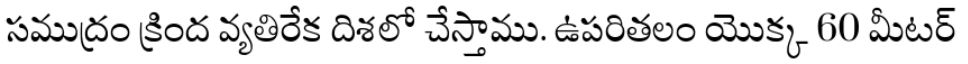
సముద్రం క్రింద వ్యతిరేక దిశలో చేస్తాము. ఉపరితలం యొక్క 60 మీటర్